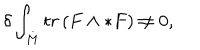
\delta \int _ { M } t r \left( F \wedge * F \right) \neq 0 ,